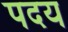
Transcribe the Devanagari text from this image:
पदय